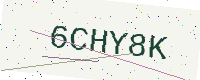
Text: 6CHY8K